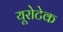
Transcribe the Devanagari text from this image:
यूरोटेक